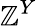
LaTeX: \mathbb{Z}^{Y}